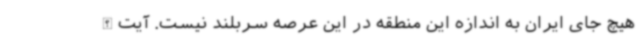
هیچ جای ایران به اندازه این منطقه در این عرصه سربلند نیست. آیت‌الله